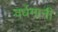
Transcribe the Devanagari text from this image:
वर्धमानी